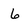
Character: 6